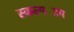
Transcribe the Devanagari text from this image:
स्कल्पटिंग